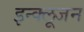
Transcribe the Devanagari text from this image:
इन्क्लूजन